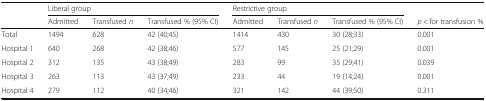
|  | <COLSPAN=3> Liberal group | <COLSPAN=3> Restrictive group |  |
 |  | Admitted | Transfused n | Transfused % (95% CI) | Admitted | Transfused n | Transfused % (95% CI) | p < for transfusion % |
 | --- | --- | --- | --- | --- | --- | --- | --- |
 | Total | 1494 | 628 | 42 (40;45) | 1414 | 430 | 30 (28;33) | 0.001 |
 | Hospital 1 | 640 | 268 | 42 (38;46) | 577 | 145 | 25 (21;29) | 0.001 |
 | Hospital 2 | 312 | 135 | 43 (38;49) | 283 | 99 | 35 (29;41) | 0.039 |
 | Hospital 3 | 263 | 113 | 43 (37;49) | 233 | 44 | 19 (14;24) | 0.001 |
 | Hospital 4 | 279 | 112 | 40 (34;46) | 321 | 142 | 44 (39;50) | 0.311 |